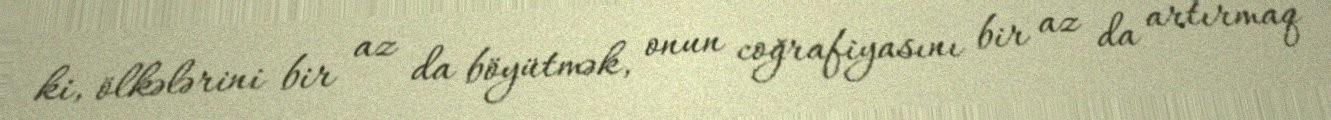
ki, ölkələrini bir az da böyütmək, onun coğrafiyasını bir az da artırmaq